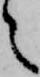
々